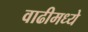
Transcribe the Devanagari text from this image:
वाढीमध्ये